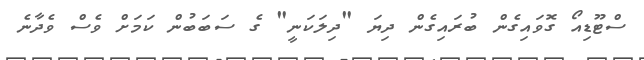
ސްޓޫޑިއޯ ގޮވައިގެން ބުރައިގެން ދިޔަ "ދިލަކަނީ" ގެ ސަބަބުން ކަމަށް ވެސް ވެދާނެ